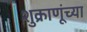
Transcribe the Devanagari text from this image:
शुक्राणूंच्या